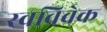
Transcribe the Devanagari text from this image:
स्‍वविवेक